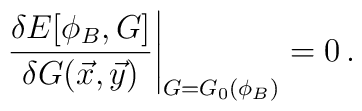
\left. \frac{\delta E[\phi_B,G]}{\delta G(\vec x,\vec y)} \right|_{G=G_0(\phi_B)}=0\,.